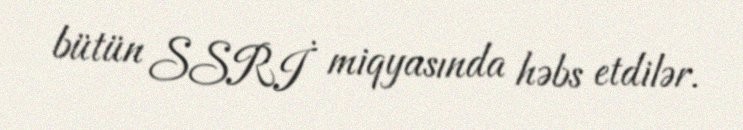
bütün SSRİ miqyasında həbs etdilər.